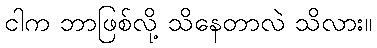
ငါက ဘာဖြစ်လို့ သိနေတာလဲ သိလား။